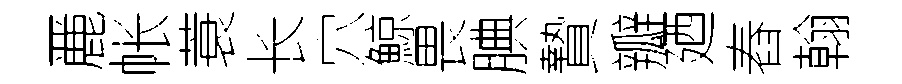
䴡帐蓑长穴鯨畏腆贄瓣廼舂翰